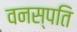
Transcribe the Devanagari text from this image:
वनस्‍पति